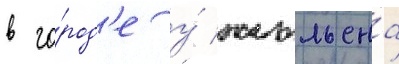
в го́род'е у́ жюльена